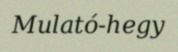
Mulató-hegy